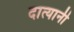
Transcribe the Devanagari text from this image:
दात्यानी